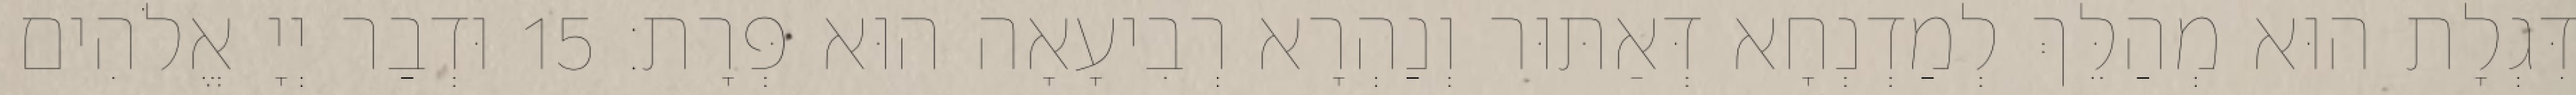
דִּגְלָת הוּא מְהַלֵּךְ לְמַדְנְחָא דְּאַתּוּר וְנַהְרָא רְבִיעָאָה הוּא פְּרָת׃ 15 וּדְבַר יְיָ אֱלֹהִים